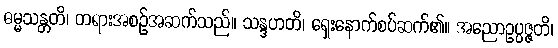
ဓမ္မသန္တတိ၊ တရားအစဉ်အဆက်သည်။ သန္ဒဟတိ၊ ရှေးနောက်စပ်ဆက်၏။ အညောဥပ္ပဇ္ဇတိ၊